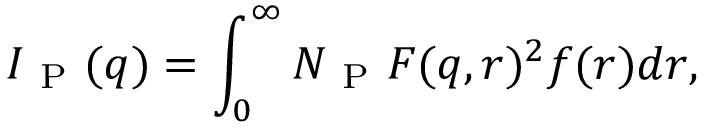
I _ { \mathrm { ~ P ~ } } ( q ) = \int _ { 0 } ^ { \infty } N _ { \mathrm { ~ P ~ } } F ( q , r ) ^ { 2 } f ( r ) d r ,